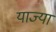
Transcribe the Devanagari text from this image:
याज्या